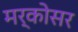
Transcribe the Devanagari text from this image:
मर्कोसर